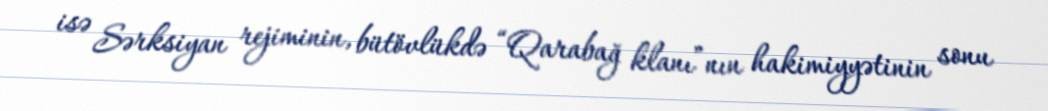
isə Sərksiyan rejiminin, bütövlükdə “Qarabağ klanı”nın hakimiyyətinin sonu